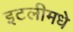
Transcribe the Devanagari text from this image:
इटलीमधे